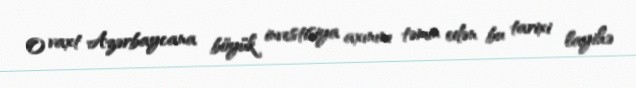
O vaxt Azərbaycana böyük investisiya axınını təmin edən bu tarixi layihə